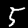
Label: 5